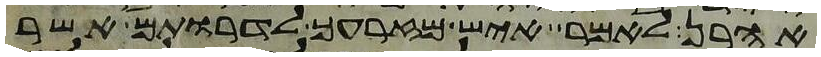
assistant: אהרן לאמר איש מזרעך לדרותם אשר